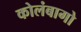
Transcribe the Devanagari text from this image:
कोलंबागो